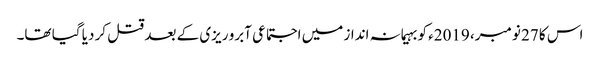
اس کا 27 نومبر، 2019ء کو بہیمانہ انداز میں اجتماعی آبرو ریزی کے بعد قتل کر دیا گیا تھا۔